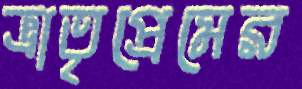
ভ্রাতৃপ্রেমের